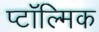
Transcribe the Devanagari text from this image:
प्टॉल्मिक